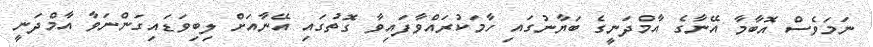
ނަމަވެސް އޮބާމާ އޭނާގެ އާމްދަނީގެ ބަޔާނުގައި ހާމަކުރައްވާފައިވާ ގޮތުގައި އޭނާއަށް ލިބިވަޑައިގަންނަވާ އާމްދަނީ